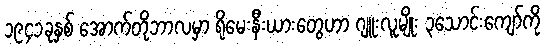
၁၉၄၁ခုနှစ် အောက်တိုဘာလမှာ ရိုမေးနီးယားတွေဟာ ဂျူးလူမျိုး ၃သောင်းကျော်ကို